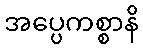
အပ္ပေကစ္စာနိ